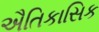
ઐતિકાસિક